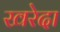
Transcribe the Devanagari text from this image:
खरेदा